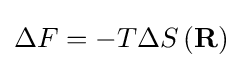
\Delta F=-T\Delta S\left(\mathbf {R} \right)